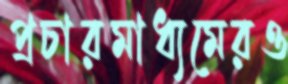
প্রচারমাধ্যমেরও